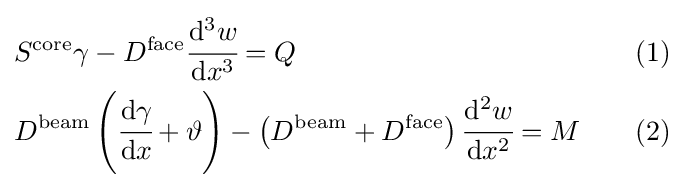
{\begin{alignedat}{3}&S^{\mathrm {core} }\gamma -D^{\mathrm {face} }{\cfrac {\mathrm {d} ^{3}w}{\mathrm {d} x^{3}}}=Q&\quad \quad &(1)\\&D^{\mathrm {beam} }\left({\cfrac {\mathrm {d} \gamma }{\mathrm {d} x}}+\vartheta \right)-\left(D^{\mathrm {beam} }+D^{\mathrm {face} }\right){\cfrac {\mathrm {d} ^{2}w}{\mathrm {d} x^{2}}}=M&\quad \quad &(2)\,\end{alignedat}}